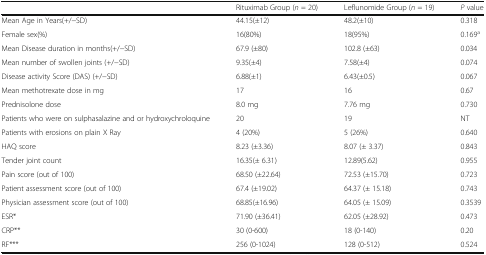
|  | Rituximab Group (n = 20) | Leflunomide Group (n = 19) | P value |
 | --- | --- | --- | --- |
 | Mean Age in Years(+/−SD) | 44.15(±12) | 48.2(±10) | 0.318 |
 | Female sex(%) | 16(80%) | 18(95%) | 0.169a |
 | Mean Disease duration in months(+/−SD) | 67.9 (±80) | 102.8 (±63) | 0.034 |
 | Mean number of swollen joints (+/−SD) | 9.35(±4) | 7.58(±4) | 0.074 |
 | Disease activity Score (DAS) (+/−SD) | 6.88(±1) | 6.43(±0.5) | 0.067 |
 | Mean methotrexate dose in mg | 17 | 16 | 0.67 |
 | Prednisolone dose | 8.0 mg | 7.76 mg | 0.730 |
 | Patients who were on sulphasalazine and or hydroxychroloquine | 20 | 19 | NT |
 | Patients with erosions on plain X Ray | 4 (20%) | 5 (26%) | 0.640 |
 | HAQ score | 8.23 (±3.36) | 8.07 (± 3.37) | 0.843 |
 | Tender joint count | 16.35(± 6.31) | 12.89(5.62) | 0.955 |
 | Pain score (out of 100) | 68.50 (±22.64) | 72.53 (±15.70) | 0.723 |
 | Patient assessment score (out of 100) | 67.4 (±19.02) | 64.37 (± 15.18) | 0.743 |
 | Physician assessment score (out of 100) | 68.85(±16.96) | 64.05 (± 15.09) | 0.3539 |
 | ESR* | 71.90 (±36.41) | 62.05 (±28.92) | 0.473 |
 | CRP** | 30 (0-600) | 18 (0-140) | 0.20 |
 | RF*** | 256 (0-1024) | 128 (0-512) | 0.524 |